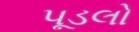
પૂડલો